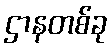
ဌာနတစ်ခု